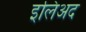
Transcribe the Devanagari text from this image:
इलिअद